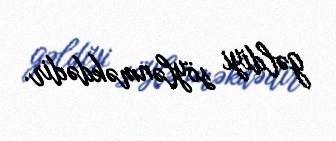
gəldiyi söylənməkdədir.